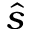
\hat { s }